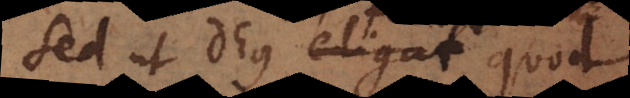
Sed ut Deus eligat quod